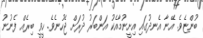
ބުންޏެވެ. އޭނާ އެނދުގައި އިށީނުމާއެކު އަންބަރު ދުރަށް ޖެހުނެވެ. ހީވީ ބިރެއް ފެނުނު